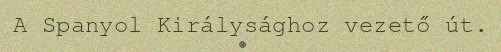
A Spanyol Királysághoz vezető út.